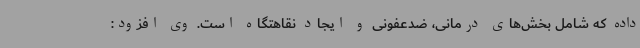
داده که شامل بخش‌های درمانی، ضدعفونی و ایجاد نقاهتگاه است. وی افزود: